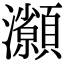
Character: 𤅓